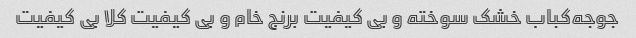
جوجه‌کباب خشک سوخته و بی کیفیت برنج خام و بی کیفیت کلا بی کیفیت